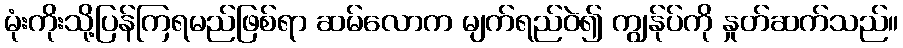
မုံးကိုးသို့ပြန်ကြရမည်ဖြစ်ရာ ဆမ်လောက မျက်ရည်ဝဲ၍ ကျွန်ုပ်ကို နှုတ်ဆက်သည်။